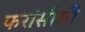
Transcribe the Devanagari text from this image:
फरांसीसी